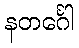
နတင်္ဂေါ